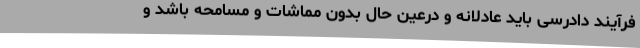
فرآیند دادرسی باید عادلانه و درعین حال بدون مماشات و مسامحه باشد و